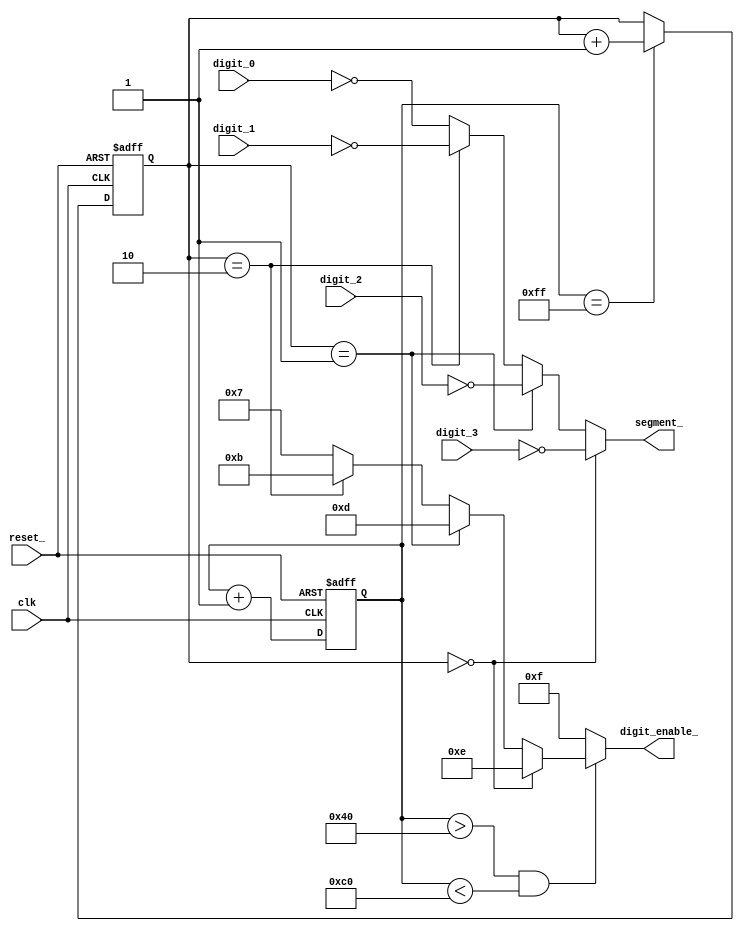
module displaydriver (
  clk,
  reset_,
  digit_0,
  digit_1,
  digit_2,
  digit_3,
  segment_,
  digit_enable_
  );

  input clk;
  input reset_;
  input [6:0] digit_0;
  input [6:0] digit_1;
  input [6:0] digit_2;
  input [6:0] digit_3;

  output [6:0] segment_;
  output [3:0] digit_enable_;

  // Theory of operation:
  //
  // Our hardware has four, seven-segment displays that are equipped with 7
  // segment pins (segment_[6:0]) and 4 enable pins (digit_enable_[3:0]).
  //
  // Thus, we can't "drive" all four digits at once (as you might intuitively
  // think--that would require 28 signals). Instead, we drive each digit for a
  // fraction of a second, then move on to the next digit. This cycling occurs
  // too quickly to be seen by the human eye.
  //
  // To make matters worse, we need to give the circuit some time to "cool off"
  // between driving one digit and the next. If we don't, we'll see flickering
  // and ghosting of the previous digit's value.

  reg [7:0] refresh_ctr;
  reg [1:0] digit;

  // Multiplex the active digit's encoded value on the segment pins of the
  // display
  assign segment_ =
          (digit == 2'd0) ? ~digit_3 :
          (digit == 2'd1) ? ~digit_2 :
          (digit == 2'd2) ? ~digit_1 :
          ~digit_0;

  // Apply power to the display only during the middle half of the refresh
  // cycle. This gives the circuit time to drain before we begin driving
  // the next digit.
  assign enable_ = !(refresh_ctr > 8'd64 && refresh_ctr < 8'd192);

  // This four-bit vector indicates which digit on the display is currently
  // being driven. Signal is active low; a 0 in the vector means "being drivin".
  assign digit_enable_ = enable_ ? 4'b1111 :
          (digit == 2'd0) ? 4'b1110 :
          (digit == 2'd1) ? 4'b1101 :
          (digit == 2'd2) ? 4'b1011 :
          4'b0111;

  // Counter that rolls over ever 256 clock cycles; used to cycle the digit
  // to be driven
  always@ (posedge clk or negedge reset_)
    if (!reset_)
      refresh_ctr <= 8'h00;
    else
      refresh_ctr <= refresh_ctr + 8'h01;

  // Indicates which of the four displays are being driven. Cycles through each
  // display, updated at each refresh pulse (ever 256 clock cycles).
  always@ (posedge clk or negedge reset_)
    if (!reset_)
      digit <= 2'd0;
    else if (refresh_ctr == 8'hff)
      digit <= digit + 2'd1;

endmodule